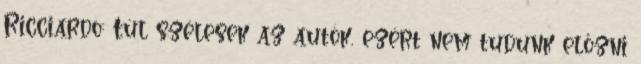
Ricciardo: Túl szélesek az autók, ezért nem tudunk előzni